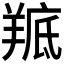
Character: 𮊭